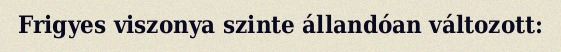
Frigyes viszonya szinte állandóan változott: